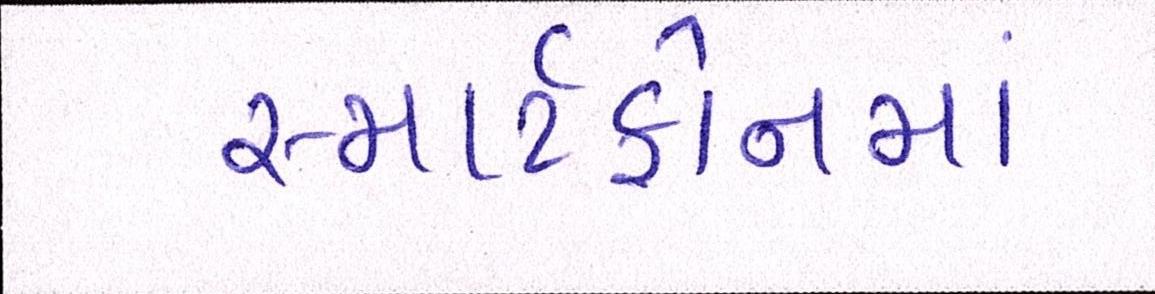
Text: સ્માર્ટફોનમાં